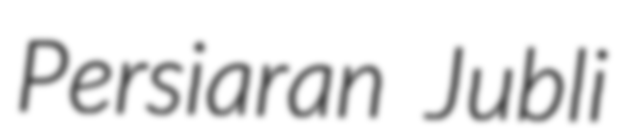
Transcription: Persiaran Jubli